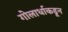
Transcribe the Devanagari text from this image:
गोलार्धाकडून